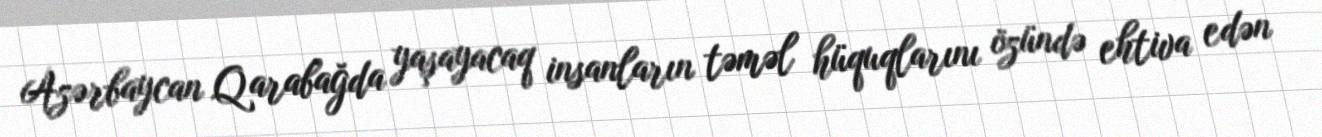
Azərbaycan Qarabağda yaşayacaq insanların təməl hüquqlarını özündə ehtiva edən